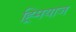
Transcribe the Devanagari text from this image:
ह्र्मियाज